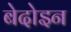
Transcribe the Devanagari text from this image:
बेदोइन